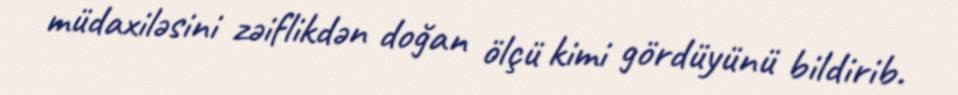
müdaxiləsini zəiflikdən doğan ölçü kimi gördüyünü bildirib.